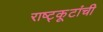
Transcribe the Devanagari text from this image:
राष्ट्कूटांची